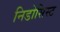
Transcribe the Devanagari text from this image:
निडोसिस्ट